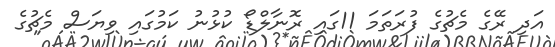
އަދި ރޭގެ މެޗުގެ ފުރަތަމަ 11ގައި ރޮނާލްޑޯ ކުޅުނު ކަމުގައި ވިޔަސް މެޗުގެ